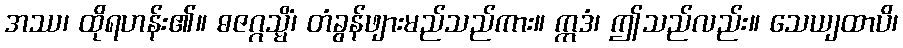
အဿ၊ ထိုရဟန်း၏။ ဓဇဂ္ဂသ္မိံ၊ တံခွန်ဖျားမည်သည်ကား။ ဣဒံ၊ ဤသည်လည်း။ သေယျထာပိ၊